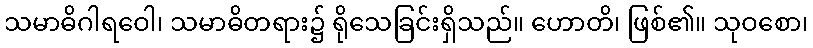
သမာဓိဂါရဝေါ၊ သမာဓိတရား၌ ရိုသေခြင်းရှိသည်။ ဟောတိ၊ ဖြစ်၏။ သုဝစော၊